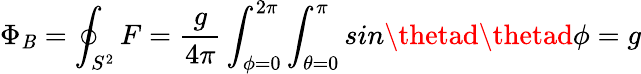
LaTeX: \Phi_{\mathit{B}}=\oint_{S^{2}}F=\frac{{g}}{{4\pi}}\int_{\phi=0}^{2\pi}\int_{\theta=0}^{\pi}sin\thetad\thetad\phi=g